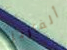
ألفاريز